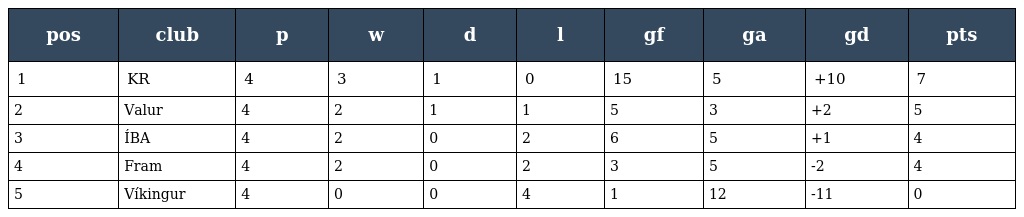
| pos | club | p | w | d | l | gf | ga | gd | pts |
 | --- | --- | --- | --- | --- | --- | --- | --- | --- | --- |
 | 1 | KR | 4 | 3 | 1 | 0 | 15 | 5 | +10 | 7 |
 | 2 | Valur | 4 | 2 | 1 | 1 | 5 | 3 | +2 | 5 |
 | 3 | ÍBA | 4 | 2 | 0 | 2 | 6 | 5 | +1 | 4 |
 | 4 | Fram | 4 | 2 | 0 | 2 | 3 | 5 | -2 | 4 |
 | 5 | Víkingur | 4 | 0 | 0 | 4 | 1 | 12 | -11 | 0 |